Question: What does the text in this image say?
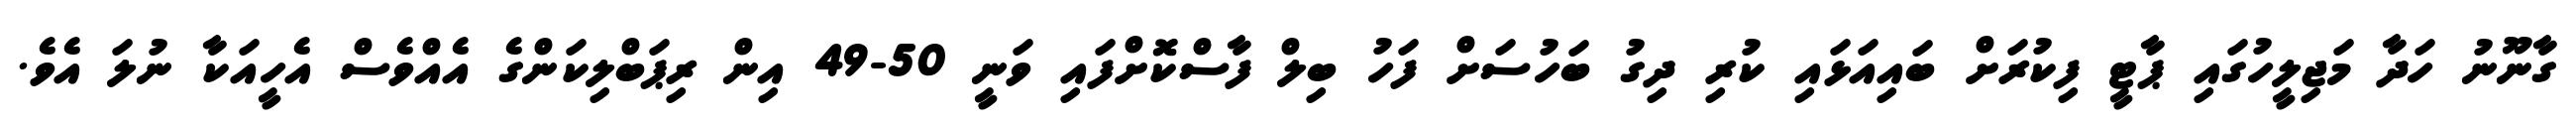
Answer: ގާނޫނު ހަދާ މަޖިލީހުގައި ޕާޓީ ފިކުރަށް ބައިއަޅައި ކުރި ދިގު ބަހުސަށް ފަހު ބިލް ފާސްކޮށްފައި ވަނީ 50-49 އިން ރިޕަބްލިކަންގެ އެއްވެސް އެހީއަކާ ނުލަ އެވެ.